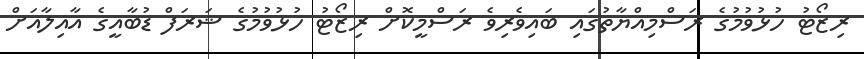
ރިޒޯޓު ހުޅުވުމުގެ ރަސްމިއްޔާތުގައި ބައިވެރިވެ ރަސްމީކޮށް ރިޒޯޓު ހުޅުވުމުގެ ޝަރަފް ޑުބާއީގެ އާއިލާއަށް